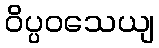
ဝိပ္ပဝသေယျ